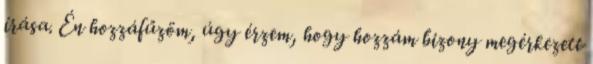
írása. Én hozzáfűzöm, úgy érzem, hogy hozzám bizony megérkezett